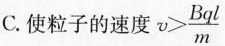
C.使粒子的速度 $$v > \frac { B q l } { m }$$